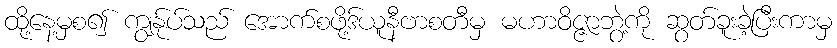
ထို့နေ့မှစ၍ ကျွန်ုပ်သည် အောက်စဖို့ဒ်ယူနီဗာစတီမှ မဟာဝိဇ္ဇာဘွဲ့ကို ဆွတ်ခူးခဲ့ပြီးကာမှ